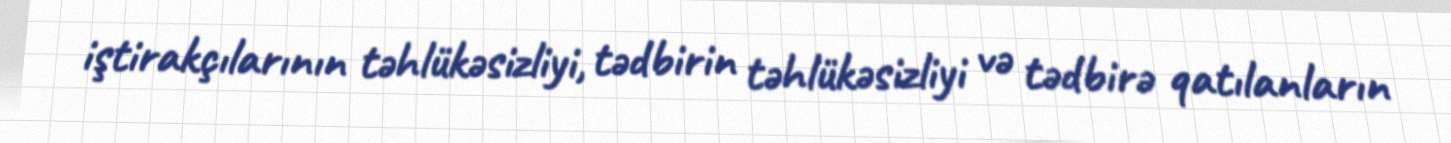
iştirakçılarının təhlükəsizliyi, tədbirin təhlükəsizliyi və tədbirə qatılanların